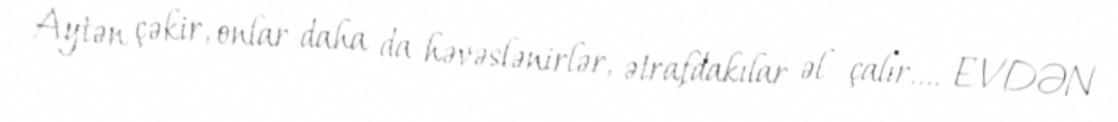
Aytən çəkir, onlar daha da həvəslənirlər, ətrafdakılar əl çalır.... EVDƏN